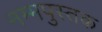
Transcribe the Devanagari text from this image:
नम्मपुस्तक